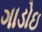
ગાડોઇ